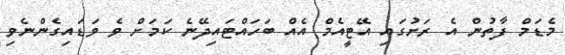
މެޑަމް ފާތުން އެ ރަށުގައި އޭޓީއެމް އެއް ބަހައްޓައިދޭނެ ކަމަށް ވެ ވަޑައިގެންނެވި